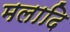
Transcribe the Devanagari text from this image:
मलादि